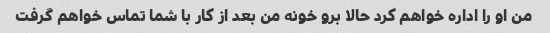
من او را اداره خواهم کرد حالا برو خونه من بعد از کار با شما تماس خواهم گرفت